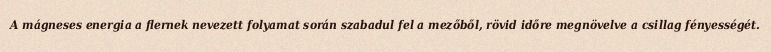
A mágneses energia a flernek nevezett folyamat során szabadul fel a mezőből, rövid időre megnövelve a csillag fényességét.